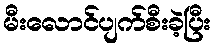
မီးလောင်ပျက်စီးခဲ့ပြီး